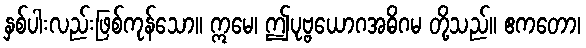
နှစ်ပါးလည်းဖြစ်ကုန်သော။ ဣမေ၊ ဤပုဗ္ဗယောဂအဓိဂမ တို့သည်။ ဧကတော၊